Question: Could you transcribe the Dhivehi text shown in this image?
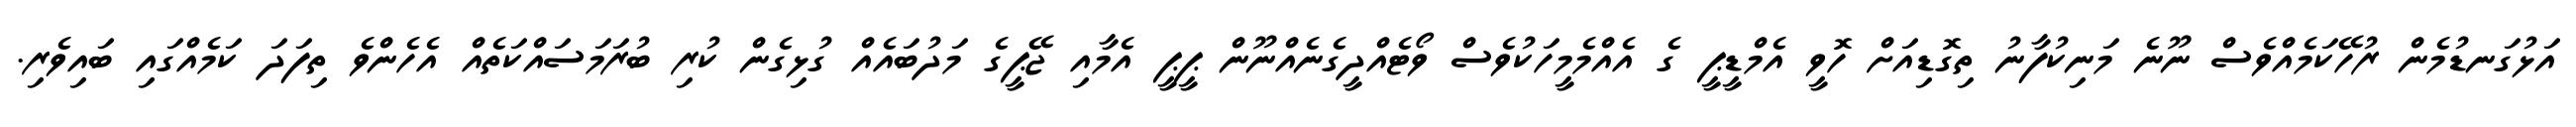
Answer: އަޅުގަނޑުމެން ރުހޭކަމެއްވެސް ނޫނެ މަނިކުފާނު ތިގޮޑިއަށް ހޮވީ އެމްޑީޕީ ގެ އެއްމެމީހަކުވެސް ވޯޓެއްދީގެނެއްނޫން ޕީޕީ އެމާއި ޖޭޕީގެ މަދުބައެއް ގުޅިގެން ކުރި ބުރަމަސައްކަތެއް އެހެންވެ ތިފަދަ ކަމެއްގައި ބައިވެރި.